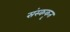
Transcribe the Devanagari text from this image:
संस्ककृत